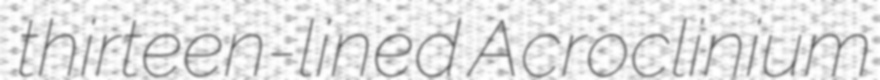
thirteen-lined Acroclinium